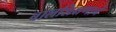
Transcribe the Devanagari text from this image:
बालशिक्षणाने